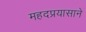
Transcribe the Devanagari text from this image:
महदप्रयासाने